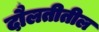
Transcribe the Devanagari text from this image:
दौलतीतील